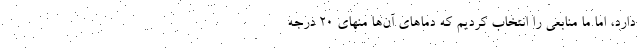
دارد، اما ما منابعی را انتخاب کردیم که دماهای آن‌ها منهای ۲۰ درجه